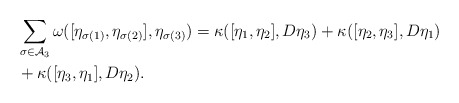
\begin{align*}&\sum\limits_{\sigma \in \mathcal{A}_3} \omega([\eta_{\sigma(1)} , \eta_{\sigma(2)}] , \eta_{\sigma(3)}) = \kappa ([\eta_1 , \eta_2 ], D\eta_3) + \kappa([\eta_2 , \eta_3] , D\eta_1) \\&+ \kappa ([\eta_3 , \eta_1] , D\eta_2).\end{align*}